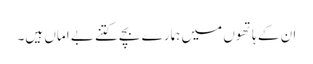
ان کے ہاتھوں میں ہمارے بچے کتنے بے اماں ہیں۔